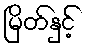
မြိတ်နှင့်